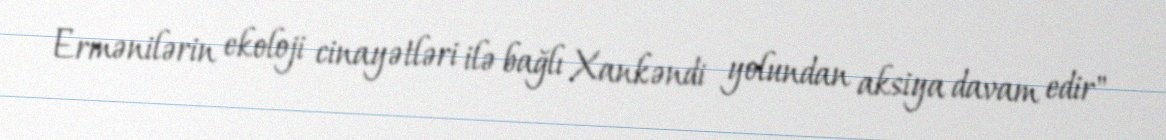
Ermənilərin ekoloji cinayətləri ilə bağlı Xankəndi yolundan aksiya davam edir"